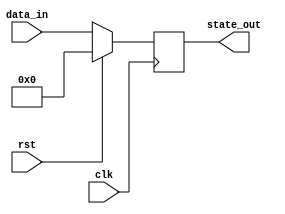
module synchronous_reset_block (
    input wire clk,           // Clock signal
    input wire rst,           // Active-high reset signal
    input wire [7:0] data_in, // Example data input (8-bit)
    output reg [7:0] state_out // Example state output (8-bit)
);

    // Define a reset state constant
    localparam RESET_STATE = 8'b00000000; // Example reset state

    // Always block triggered on the clock edge
    always @(posedge clk) begin
        if (rst) begin
            // On reset signal, set state to reset state
            state_out <= RESET_STATE;
        end else begin
            // Normal operation: Update state based on some logic
            // Here, for example, we can simply pass the input data
            state_out <= data_in; // This is an example; modify as per your logic
        end
    end

endmodule